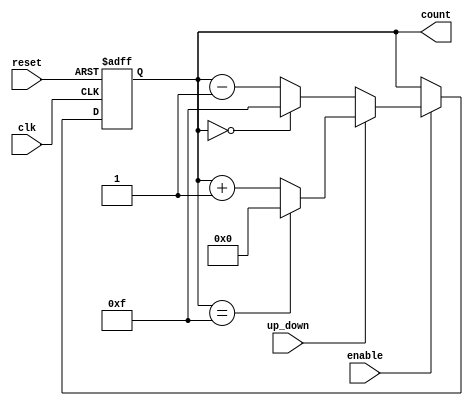
module binary_up_down_counter (
    input wire clk,          // Clock input
    input wire reset,        // Asynchronous reset
    input wire up_down,      // Control signal: 1 for up, 0 for down
    input wire enable,       // Control signal to enable counting
    output reg [3:0] count   // 4-bit current count value
);

    // Define the maximum count value
    parameter MAX_COUNT = 4'b1111; // Maximum value (15 for 4 bits)

    // Asynchronous reset
    always @(posedge clk or posedge reset) begin
        if (reset) begin
            count <= 4'b0000; // Reset counter to 0
        end else if (enable) begin
            if (up_down) begin
                // Count Up
                if (count == MAX_COUNT) begin
                    count <= 4'b0000; // Wrap around to 0
                end else begin
                    count <= count + 1; // Increment count
                end
            end else begin
                // Count Down
                if (count == 4'b0000) begin
                    count <= MAX_COUNT; // Wrap around to MAX_COUNT
                end else begin
                    count <= count - 1; // Decrement count
                end
            end
        end
    end

endmodule